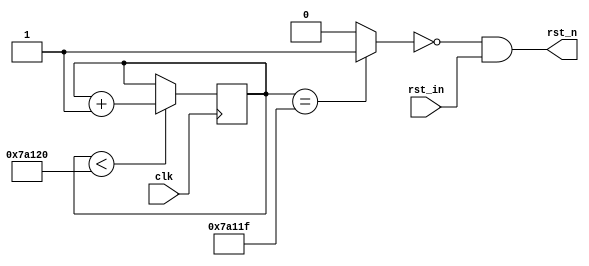
//
module rst(
	input wire 			clk					,
	input wire 			rst_in				,
	
	output wire 		rst_n
);
	wire 				buf_rst_n;
	reg   [26:0]     	cnt  	=  	27'd0;
	localparam 			CNT 	=	27'd500_000;
	
always@(posedge clk)begin
	if(	cnt	< 	CNT )
		cnt <= 	cnt +1'b1;
	else
		cnt	<=	cnt;
end

assign buf_rst_n = (cnt ==	CNT - 1'b1)?1'b1:1'b0;
assign rst_n = ~buf_rst_n &&rst_in;

endmodule